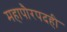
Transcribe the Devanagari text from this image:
महापौरपदही